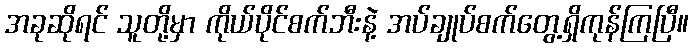
အခုဆိုရင် သူတို့မှာ ကိုယ်ပိုင်စက်ဘီးနဲ့ အပ်ချုပ်စက်တွေ့ရှိကုန်ကြပြီ။